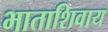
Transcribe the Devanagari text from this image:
भाताशिवाय